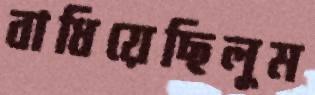
বাধিয়েছিলুম